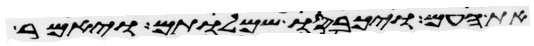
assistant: את העם ויכבסו שמלותם ויאמר